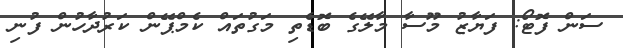
ސަން ފޮޓޯ: ފަޔާޒު މޫސާ މާލޭގެ ބޮޑެތި މަގުތައް ކެމްޕޭން ކަރުދާހުން ފުނި